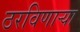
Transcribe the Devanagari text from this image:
ठरविणार्‍या